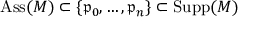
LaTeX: \operatorname { A s s } ( M ) \subset \{ { \mathfrak { p } } _ { 0 } , \dots , { \mathfrak { p } } _ { n } \} \subset \operatorname { S u p p } ( M )